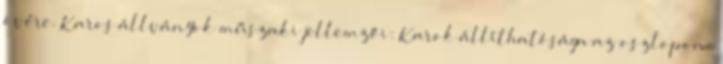
övére. Karos állványok műszaki jellemzői: Karok állíthatósága az oszlopon: